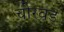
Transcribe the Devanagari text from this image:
चोरवड